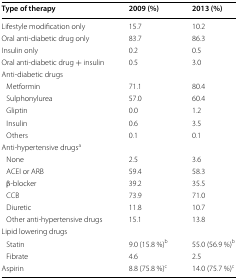
| Type of therapy | 2009 (%) | 2013 (%) |
 | --- | --- | --- |
 | Lifestyle modification only | 15.7 | 10.2 |
 | Oral anti-diabetic drug only | 83.7 | 86.3 |
 | Insulin only | 0.2 | 0.5 |
 | Oral anti-diabetic drug + insulin | 0.5 | 3.0 |
 | <COLSPAN=3> Anti-diabetic drugs |
 | Metformin | 71.1 | 80.4 |
 | Sulphonylurea | 57.0 | 60.4 |
 | Gliptin | 0.0 | 1.2 |
 | Insulin | 0.6 | 3.5 |
 | Others | 0.1 | 0.1 |
 | <COLSPAN=3> Anti-hypertensive drugsa |
 | None | 2.5 | 3.6 |
 | ACEI or ARB | 59.4 | 58.3 |
 | β-blocker | 39.2 | 35.5 |
 | CCB | 73.9 | 71.0 |
 | Diuretic | 11.8 | 10.7 |
 | Other anti-hypertensive drugs | 15.1 | 13.8 |
 | <COLSPAN=3> Lipid lowering drugs |
 | Statin | 9.0 (15.8 %)b | 55.0 (56.9 %)b |
 | Fibrate | 4.6 | 2.5 |
 | Aspirin | 8.8 (75.8 %)c | 14.0 (75.7 %)c |